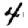
Digit: 4